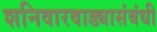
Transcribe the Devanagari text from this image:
शनिवारवाड्यासंबंधी